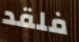
فلقد